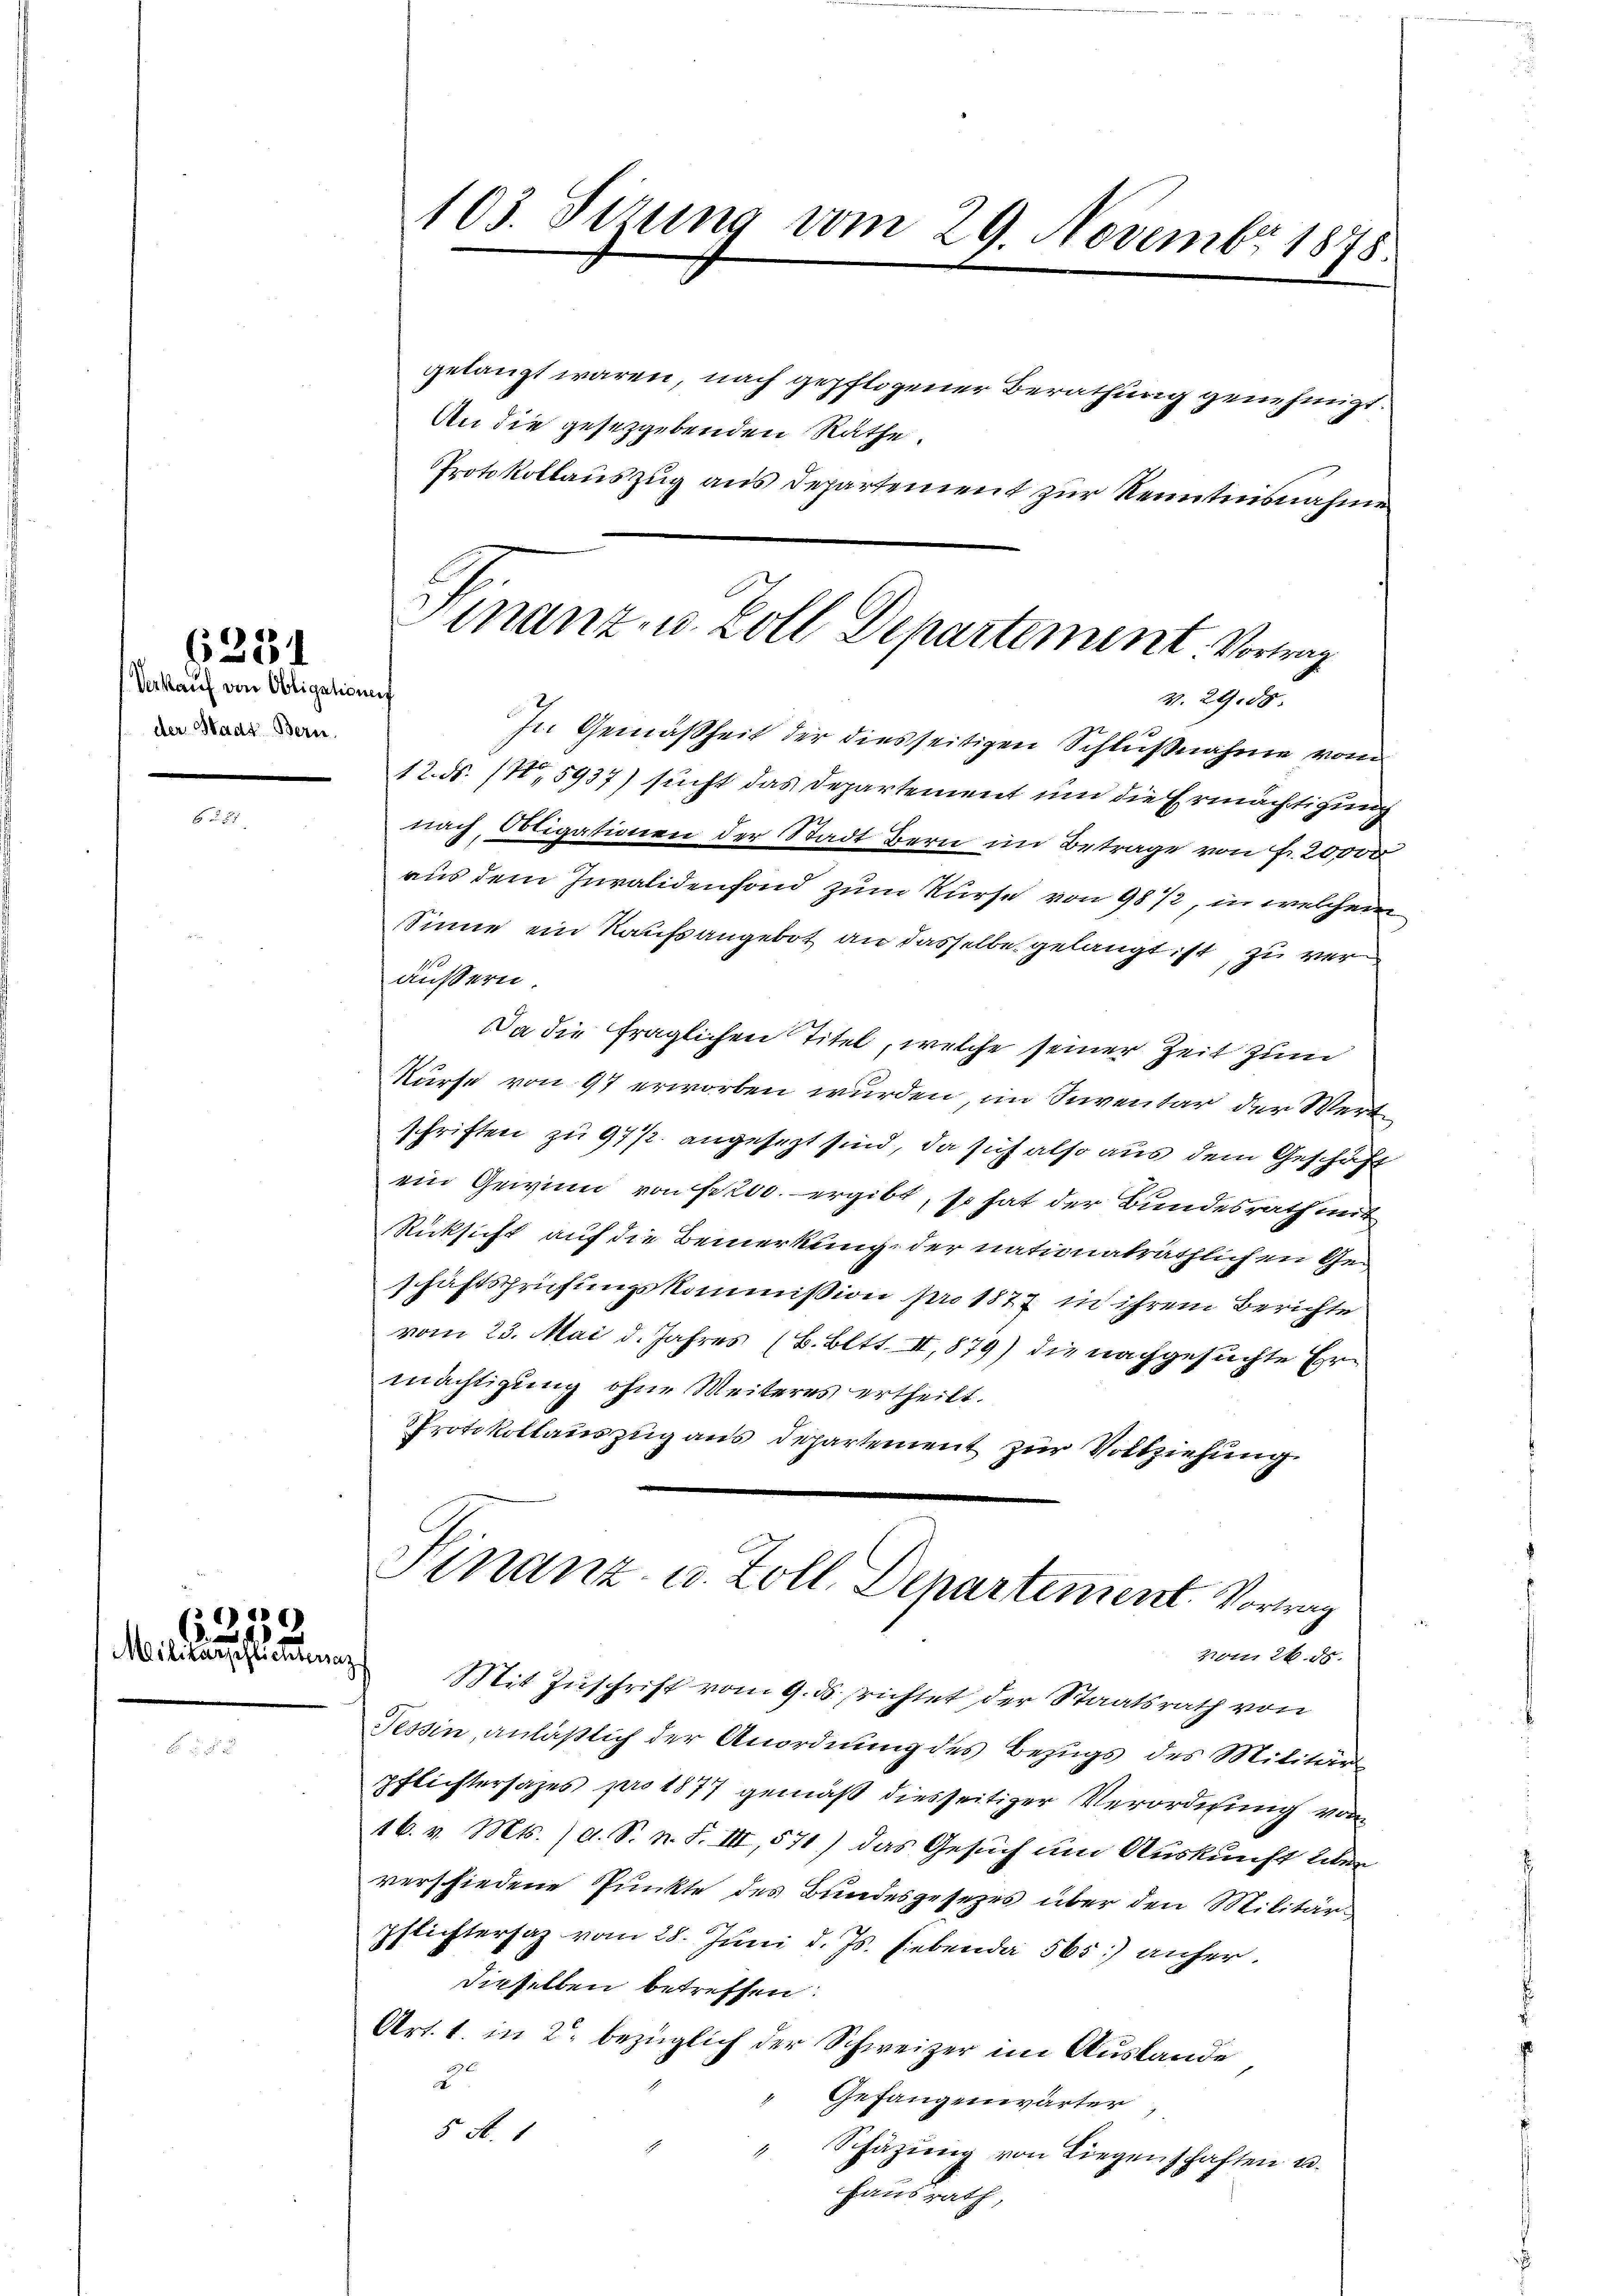
Verkauf von Obligationis
der Stadt Bern.

6231

)
621.
Milikarschlichteraz

gelangt waren, nach gepflogener Berathung genehmigt.
An die gesetzgebenden Räthe.
Protokollauszug aus Departement zur Kenntnisnahme
In Gemäßheit der diesseitigen Schlußnahme vom
12. d. 14, 5937) sucht das Departement um die Ermächtigung
nach, Obligationen der Stadt Bern im Betrage von Fr. 20000
aus dem Invalidenfond zum Kurse von 9872, in welchem
Sinne ein Kaufsangebot an dasselbe gelangt ist, zu veräussern.
Da die fraglichen Titel, welche seiner Zeit zum
Kurse von 97 erworben wurden, im Inventar der Wertschriften zu 97. angesezt sind, da sich also aus dem Geschäft
ein Gewinn von fr 200. ergibt, so hat der Bundesrath mit
Rücksicht auf die Bemerkung der nationaträthlichen Geschäftsprüfungskommission pro 1877 in ihrem Berichte
vom 23. Mai d. Jahres (B. Bett. II, 879) die nachgesuchte Ermächtigung ohne Weiteres ertheilt.
Protokollauszug aus Departement zur Vollziehung

103. Sizung vom 29. Novembr 1875

Finanz- u. Zoll Departement. Vortrag
V.29.50.

Finanz- u. Zoll Departement. Vortrag
von 26. d.

Mit Zuschrift vom 9. ds. richtet der Staatsrath von
Tessin, anläßlich der Anordnung des Bezugs des Militärpflichtersages pro 1877 gemäß diesseitiger Verordnung von
16. v. Mts. /d. S. n. F. III, 571) das Gesuch um Auskunft über
verschiedene Punkte des Bundesgesezes über den Militär
pflichtersaz vom 28. Juni d. Js. lebenda 565) anherdieselben betreffen.
Art. 1. in 2 bezüglich der Schweizer im Auslande
3
Gefangenwärter,
5 N. 1
Schätzung von Liegenschaften u.
Hausrath,